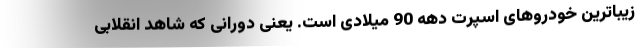
زیباترین خودروهای اسپرت دهه 90 میلادی است. یعنی دورانی که شاهد انقلابی